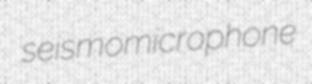
seismomicrophone